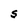
Character: S